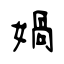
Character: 媧